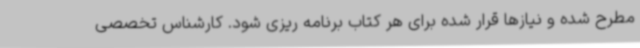
مطرح شده و نیازها قرار شده برای هر کتاب برنامه ریزی شود. کارشناس تخصصی